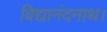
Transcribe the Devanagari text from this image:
विद्यानंदनाथ।